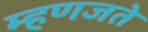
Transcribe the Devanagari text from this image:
म्हणजते